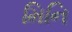
મિનિ